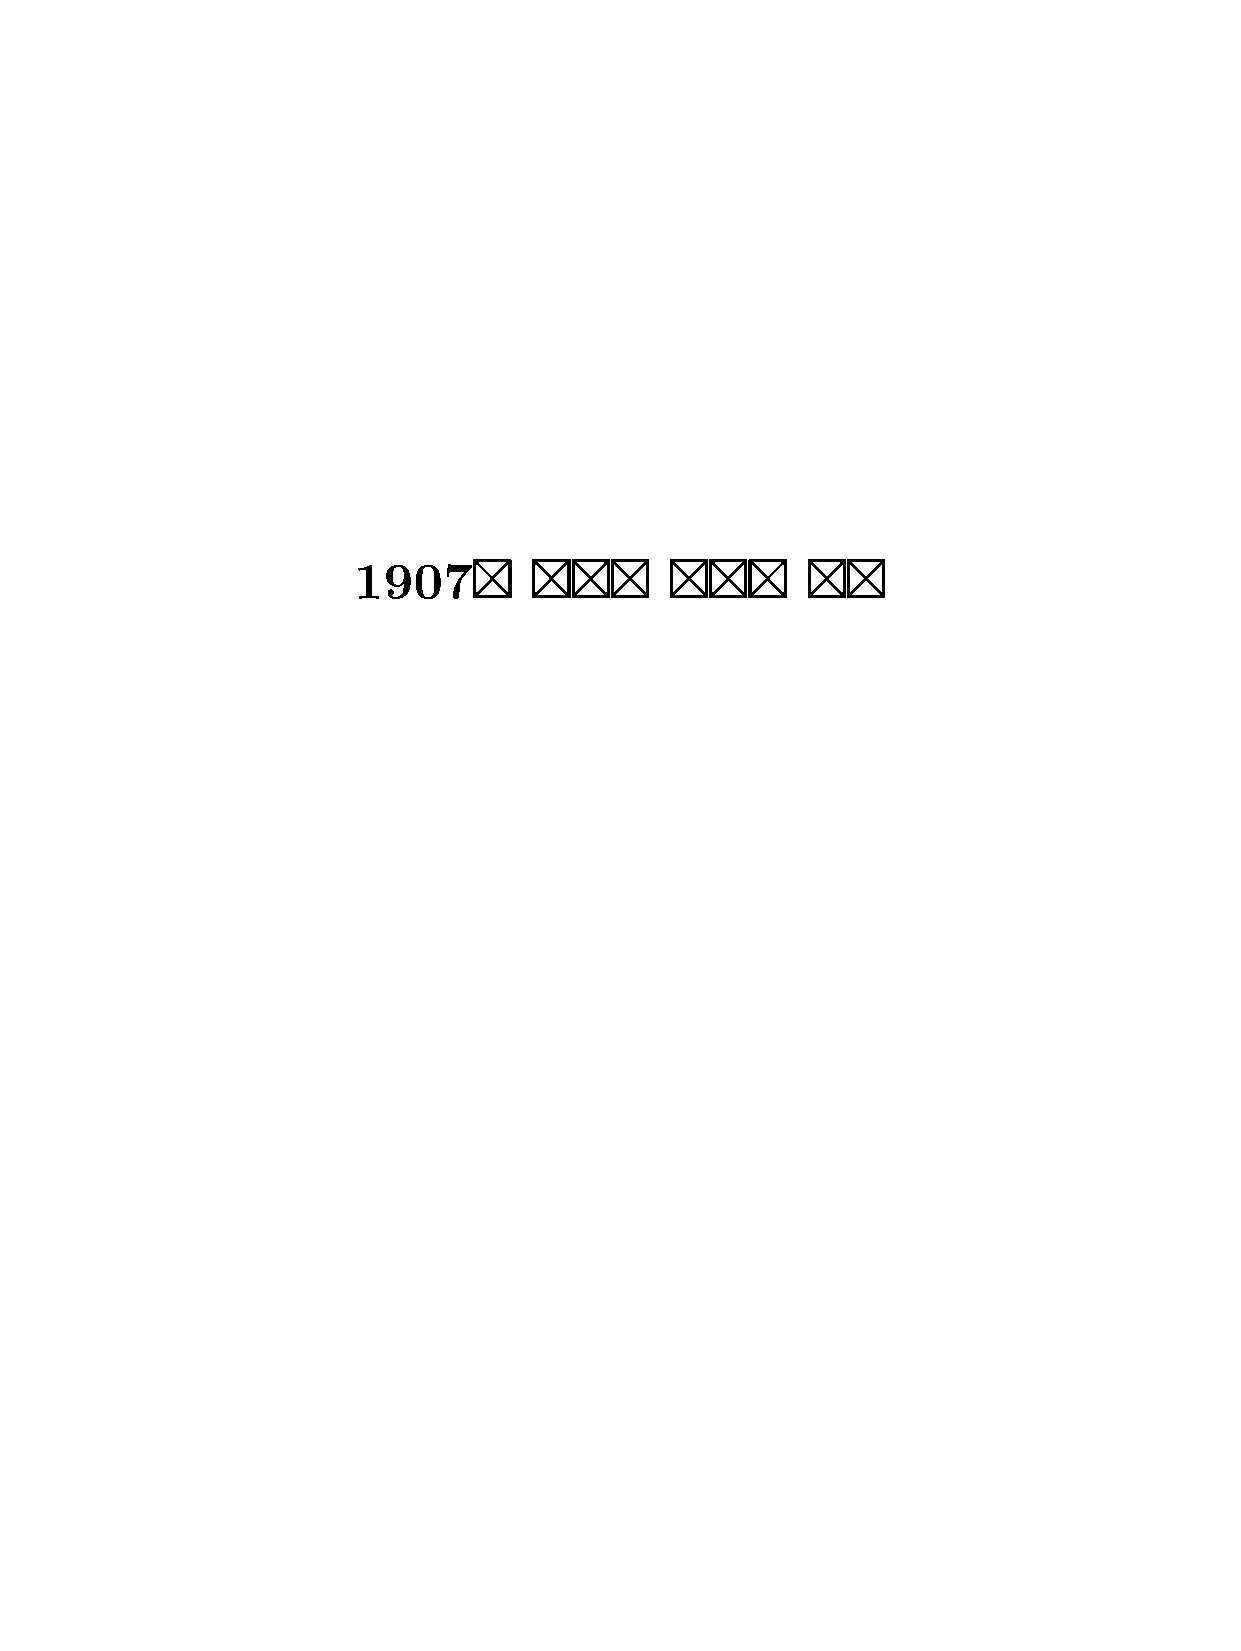
1907